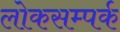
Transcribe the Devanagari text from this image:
लोकसम्पर्क